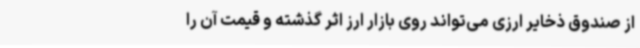
از صندوق ذخایر ارزی می‌تواند روی بازار ارز اثر گذشته و قیمت آن را